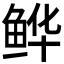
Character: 𫚘